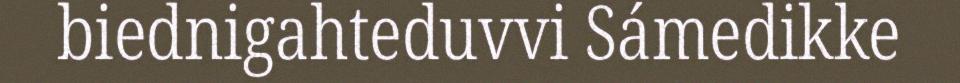
biednigahteduvvi Sámedikke